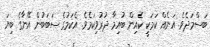
ބަސްމަދެވެ. އަނެއް ކަމަކީ ކެއިން ބުއިމާ ދުރުވިކަމެވެ. އެކަމުގެ ސަބަބުން އޭނާގެ ބިޔަ